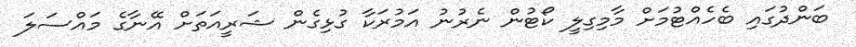
ބަންދުގައި ބެހެއްޓުމަށް މާމިގިލީ ކޯޓުން ނެރުނު އަމުރަކާ ގުޅިގެން ޝަރީއަތަށް އޭނާގެ މައްސަލަ